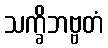
သက္ခိဘဗ္ဗတံ